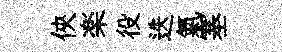
俠楽役迭氣塞